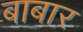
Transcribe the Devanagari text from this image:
बाबार